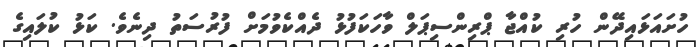
ހުށައަޅައިދޭން ހުރި ކުއްޖާ ޕްރިންސިޕަލް ވާހަކަފުޅު ދެއްކެވުމަށް ފުރުސަތު ދިނެވެ. ކަޅު ކުލައިގެ